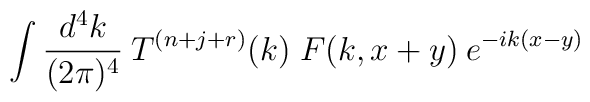
\int \frac{d^4k}{(2 \pi)^4} \:T^{(n+j+r)}(k) \; F(k, x+y)\:e^{-ik(x-y)}